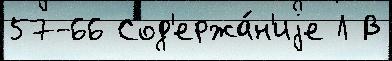
57-66 Сод'ержа́н'иjе Л В